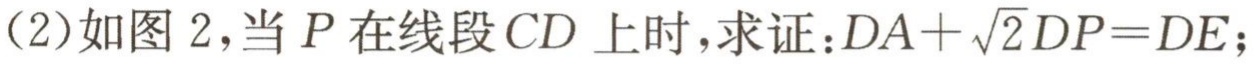
(2)如图 2，当 \(P\) 在线段 \(CD\) 上时，求证：\(DA + \sqrt{2}DP=DE\)；